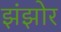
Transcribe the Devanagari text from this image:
झंझोर